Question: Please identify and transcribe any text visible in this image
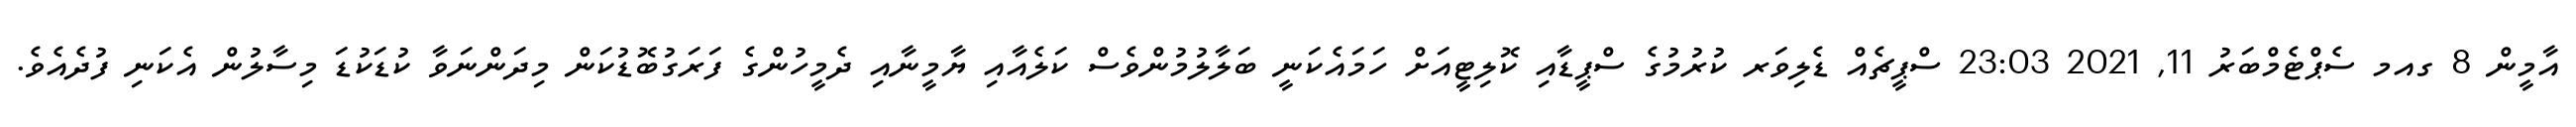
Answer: އާމީން 8 ގއމ ސެޕްޓެމްބަރު 11, 2021 23:03 ސްޕީޗެއް ޑެލިވަރ ކުރުމުގެ ސްޕީޑާއި ކޮލިޓީއަށް ހަމައެކަނީ ބަލާލުމުންވެސް ކަލެއާއި ޔާމީނާއި ދެމީހުންގެ ފަރަގުބޮޑުކަން މިދަންނަވާ ކުޑަކުޑަ މިސާލުން އެކަނި ފުދެއެވެ.